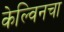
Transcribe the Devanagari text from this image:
केल्विनचा